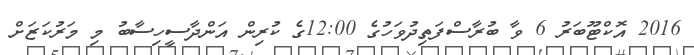
2016 އޮކްޓޫބަރު 6 ވާ ބުރާސްފަތިދުވަހުގެ 12:00ގެ ކުރިން އަންދާސީހިސާބު މި މަރުކަޒަށް